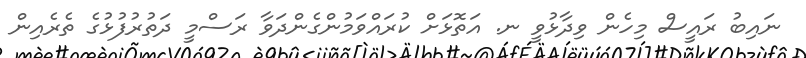
ނައިބު ރައީސް މިހެން ވިދާޅުވީ ނ. އަތޮޅަށް ކުރައްވަމުންގެންދަވާ ރަސްމީ ދަތުރުފުޅުގެ ތެރެއިން